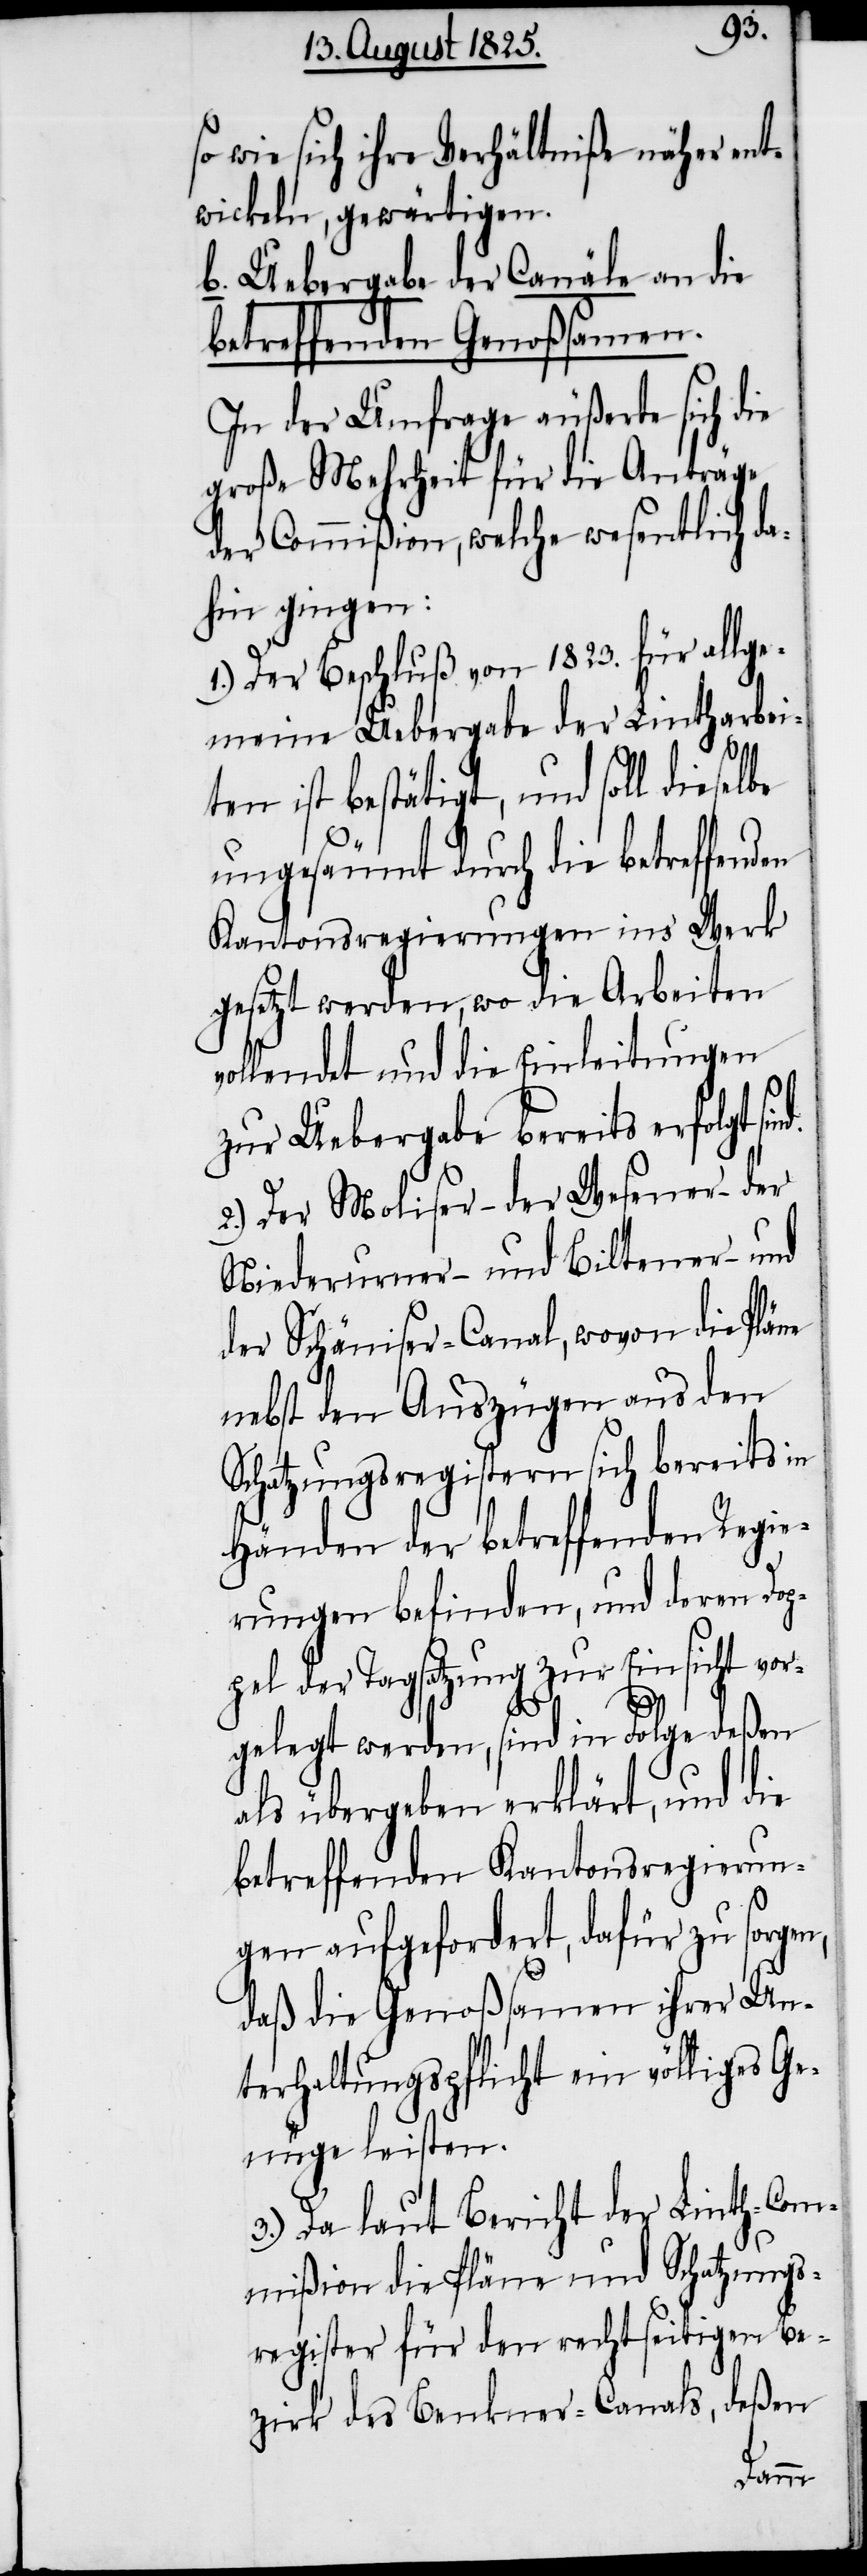
so wie sich ihre Verhältniße näher ent¬
wickeln, gewärtigen.
b. Uebergabe der Canäle an die
betreffenden Genoßsamen.
In der Umfrage äußerte sich die
große Mehrheit für die Anträge
der Commission, welche wesentlich d¬
ahin gingen:
1.) Der Beschluß von 1823. für allge¬
meine Uebergabe der Lintharbei¬
d.
ten ist bestätigt, und soll dieselbe
ungesäumt durch die betreffenden
Kantonsregierungen ins‘ Werk
gesetzt werden, wo die Arbeiten
vollendet und die Einleitungen
zur Uebergabe bereits erfolgt sin¬
2.) Der Moliser – der Wesener – der
Niederurner – und Biltener – und
der Schäniser-Canal, wovon die Pfar¬
nebst den Auszügen aus den
Schatzungsregistern sich bereits in
Händen der betreffenden Regie¬
rungen befinden, und deren Dop¬
pel der Tagsatzung zur Einsicht vor¬
gelegt werden, sind in Folge deßen
als übergeben erklärt, und die
betreffenden Kantonsregierun¬
re
gen aufgefordert, dafür zu sorgen,
daß die Genoßsamen ihrer Un¬
terhaltungspflicht ein völliges Ge¬
nüge leisten.
3.) Da laut Bericht der Linth-Com¬
mißion die Pläne und Schatzungs¬
register für den rechtseitigen Be¬
zirk des Benkner-Canals, deßen